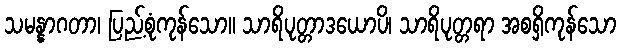
သမန္နာဂတာ၊ ပြည့်စုံကုန်သော။ သာရိပုတ္တာဒယောပိ၊ သာရိပုတ္တရာ အစရှိကုန်သော